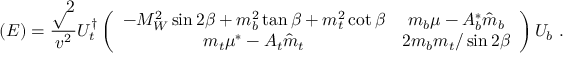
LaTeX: \left( { \cal E } \right) = { \frac { \surd 2 } { v ^ { 2 } } } { \large U _ { t } ^ { \dagger } } \left( \begin{array} { c c } { { - M _ { W } ^ { 2 } \sin 2 \beta + m _ { b } ^ { 2 } \tan \beta + m _ { t } ^ { 2 } \cot \beta } } & { { m _ { b } \mu - A _ { b } ^ { * } \hat { m } _ { b } } } \\ { { m _ { t } \mu ^ { * } - A _ { t } \hat { m } _ { t } } } & { { 2 m _ { b } m _ { t } / \sin 2 \beta } } \end{array} \right) { \large U _ { b } } \ .